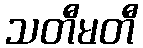
သတီမတီ